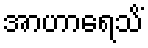
အာဟာရေသိံ